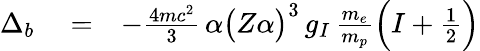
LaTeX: \begin{array}{rlr}{\Delta_{b}}&{{}=}&{-\frac{4mc^{2}}{3}\, \alpha\big(Z\alpha\big)^{3}\, g_{I}\, \frac{m_{e}}{m_{p}}\Big(I+\frac{1}{2}\Big)}\end{array}